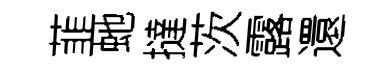
韮虵撻茨露還